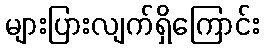
များပြားလျက်ရှိကြောင်း